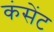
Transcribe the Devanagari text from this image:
कंसेंट